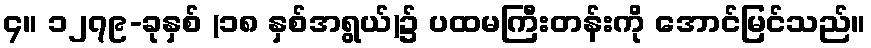
၄။ ၁၂၇၉-ခုနှစ် (၁၈ နှစ်အရွယ်)၌ ပထမကြီးတန်းကို အောင်မြင်သည်။